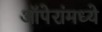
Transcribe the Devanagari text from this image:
ऑपेरांमध्ये